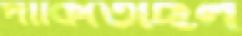
পাকিতেছিল